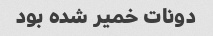
دونات خمیر شده بود